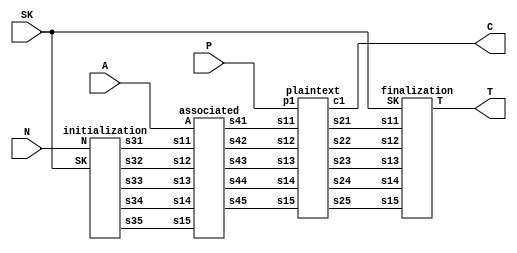
`timescale 1ns / 1ps
//!
//! **PROJECT:**             Lightweight Ascon
//!
//! **LANGUAGE:**            Verilog
//!
//! **FILE:**                ascon_encrypt
//!
//! **AUTHOR(S):**
//!
//!   - Kashif Inayat      - kashif.inayat@inu.ac.kr
//!   - SafiUllah Khan     - safi.jadoon@live.com
//!
//! **CONTRIBUTORS:**
//!
//!   - Fahad Bin Muslim   - fahadbinmuslim@gmail.com
//!
//! **REVISION:**
//!   * 0.0.1 - Initial release. 2024-05-27
//!
//!
//! | Doc | Schematic | TB | ASRT |Params. Val.| Synthesis test| Unify Interface| Functional Model |
//! |-----|-----------|----|------|------------|---------------|----------------|------------------|
//! |    |          |   |     |           |              |               |                 |
  
module ascon_encrypt(SK, N, A, P, C, T

    );
    
    input [127:0] SK, N;
    input [63:0] A;
    input [63:0] P;
    output [63:0] C;
    output [127:0] T;
    
    wire [63:0] s21, s22, s23, s24, s25;
    wire [63:0] s31, s32, s33, s34, s35;
    wire [63:0] s41, s42, s43, s44, s45;
    
   initialization i1 (SK, N, s21, s22, s23, s24, s25);
   
   associated a1 (A, s21, s22, s23, s24, s25, s31, s32, s33, s34, s35);
   
   plaintext pp1 (P, C, s31, s32, s33, s34, s35, s41, s42, s43, s44, s45);
   
   finalization f1 (SK, s41, s42, s43, s44, s45, T);
  
endmodule 
///////////////////////////////////////////////////////////////////

module initialization (SK, N, s31, s32, s33, s34, s35);

input [127:0] SK;
input [127:0] N;

output [63:0] s31, s32, s33, s34, s35;

wire [63:0] IV;
wire [63:0] s11, s12, s13, s14, s15;
wire [63:0] s21, s22, s23, s24, s25;

assign IV = 64'h80400c0600000000;
assign {s11, s12, s13, s14, s15} = {IV, SK, N};

permutation_12 P1 (s11, s12, s13, s14, s15, s21, s22, s23, s24, s25);

assign {s31, s32, s33, s34, s35} = {s21, s22, s23, s24, s25} ^ {192'b00, SK};

endmodule
//////////////////////////////////////////////////////////////////////////////////////

module permutation_12(
                            is0, is1, is2, is3, is4,
                             rd121, rd122, rd123, rd124, rd125
		                );

input [63:0] is0, is1, is2, is3, is4;

wire [63:0] add1, add2, add3, add4, add5, add6, add7, add8, add9, add10, add11, add12;

wire [63:0] rs11, rs12, rs13, rs14, rs15;
wire [63:0] rd11, rd12, rd13, rd14, rd15;

wire [63:0] rs21, rs22, rs23, rs24, rs25;
wire [63:0] rd21, rd22, rd23, rd24, rd25;

wire [63:0] rs31, rs32, rs33, rs34, rs35;
wire [63:0] rd31, rd32, rd33, rd34, rd35;

wire [63:0] rs41, rs42, rs43, rs44, rs45;
wire [63:0] rd41, rd42, rd43, rd44, rd45;

wire [63:0] rs51, rs52, rs53, rs54, rs55;
wire [63:0] rd51, rd52, rd53, rd54, rd55;

wire [63:0] rs61, rs62, rs63, rs64, rs65;
wire [63:0] rd61, rd62, rd63, rd64, rd65;

wire [63:0] rs71, rs72, rs73, rs74, rs75;
wire [63:0] rd71, rd72, rd73, rd74, rd75;

wire [63:0] rs81, rs82, rs83, rs84, rs85;
wire [63:0] rd81, rd82, rd83, rd84, rd85;

wire [63:0] rs91, rs92, rs93, rs94, rs95;
wire [63:0] rd91, rd92, rd93, rd94, rd95;

wire [63:0] rs101, rs102, rs103, rs104, rs105;
wire [63:0] rd101, rd102, rd103, rd104, rd105;

wire [63:0] rs111, rs112, rs113, rs114, rs115;
wire [63:0] rd111, rd112, rd113, rd114, rd115;

wire [63:0] rs121, rs122, rs123, rs124, rs125;
output [63:0] rd121, rd122, rd123, rd124, rd125;


//Round 1
assign add1 = is2 ^ 64'h00000000000000f0;
substitution_single s1 (is0, is1, add1, is3, is4, rs11, rs12, rs13, rs14, rs15);
diffusion_single d1 (rs11, rs12, rs13, rs14, rs15, rd11, rd12, rd13, rd14, rd15);

//Round 2
assign add2 = rd13 ^ 64'h00000000000000e1;
substitution_single s2 (rd11, rd12, add2, rd14, rd15, rs21, rs22, rs23, rs24, rs25);
diffusion_single d2 (rs21, rs22, rs23, rs24, rs25, rd21, rd22, rd23, rd24, rd25);

//Round 3
assign add3 = rd23 ^ 64'h00000000000000d2;
substitution_single s3 (rd21, rd22, add3, rd24, rd25, rs31, rs32, rs33, rs34, rs35);
diffusion_single d3 (rs31, rs32, rs33, rs34, rs35, rd31, rd32, rd33, rd34, rd35);

//Round 4
assign add4 = rd33 ^ 64'h00000000000000c3;
substitution_single s4 (rd31, rd32, add4, rd34, rd35, rs41, rs42, rs43, rs44, rs45);
diffusion_single d4 (rs41, rs42, rs43, rs44, rs45, rd41, rd42, rd43, rd44, rd45);

//Round 5
assign add5 = rd43 ^ 64'h00000000000000b4;
substitution_single s5 (rd41, rd42, add5, rd44, rd45, rs51, rs52, rs53, rs54, rs55);
diffusion_single d5 (rs51, rs52, rs53, rs54, rs55, rd51, rd52, rd53, rd54, rd55);

//Round 6
assign add6 = rd53 ^ 64'h00000000000000a5;
substitution_single s6 (rd51, rd52, add6, rd54, rd55, rs61, rs62, rs63, rs64, rs65);
diffusion_single d6 (rs61, rs62, rs63, rs64, rs65, rd61, rd62, rd63, rd64, rd65);

//Round 7
assign add7 = rd63 ^ 64'h0000000000000096;
substitution_single s7 (rd61, rd62, add7, rd64, rd65, rs71, rs72, rs73, rs74, rs75);
diffusion_single d7 (rs71, rs72, rs73, rs74, rs75, rd71, rd72, rd73, rd74, rd75);

//Round 8
assign add8 = rd73 ^ 64'h0000000000000087;
substitution_single s8 (rd71, rd72, add8, rd74, rd75, rs81, rs82, rs83, rs84, rs85);
diffusion_single d8 (rs81, rs82, rs83, rs84, rs85, rd81, rd82, rd83, rd84, rd85);

//Round 9
assign add9 = rd83 ^ 64'h0000000000000078;
substitution_single s9 (rd81, rd82, add9, rd84, rd85, rs91, rs92, rs93, rs94, rs95);
diffusion_single d9 (rs91, rs92, rs93, rs94, rs95, rd91, rd92, rd93, rd94, rd95);

//Round 10
assign add10 = rd93 ^ 64'h0000000000000069;
substitution_single s10 (rd91, rd92, add10, rd94, rd95, rs101, rs102, rs103, rs104, rs105);
diffusion_single d10 (rs101, rs102, rs103, rs104, rs105, rd101, rd102, rd103, rd104, rd105);

//Round 11
assign add11 = rd103 ^ 64'h000000000000005a;
substitution_single s11 (rd101, rd102, add11, rd104, rd105, rs111, rs112, rs113, rs114, rs115);
diffusion_single d11 (rs111, rs112, rs113, rs114, rs115, rd111, rd112, rd113, rd114, rd115);

//Round 12
assign add12 = rd113 ^ 64'h000000000000004b;
substitution_single s12 (rd111, rd112, add12, rd114, rd115, rs121, rs122, rs123, rs124, rs125);
diffusion_single d12 (rs121, rs122, rs123, rs124, rs125, rd121, rd122, rd123, rd124, rd125);


endmodule




////////////////////////////////////////////////////////////////////////////////////////////////////////////////////////

//////////////////////////////////////////////////////////////////////////////////////////////////////////////////////////////////////

module substitution_single(is0, is1, is2, is3, is4, sub3_s0, sub3_s1, sub3_s2, sub3_s3, sub3_s4
    );
    
    input [63:0] is0, is1, is2, is3, is4;
    output [63:0] sub3_s0, sub3_s1, sub3_s2, sub3_s3, sub3_s4;
    
    //--------- Substitution_1
wire [63:0] sub1_s [0:4];

assign sub1_s[0] = is0 ^ is4;
assign sub1_s[1] = is1;
assign sub1_s[2] = is1 ^ is2;
assign sub1_s[3] = is3;
assign sub1_s[4] = is3 ^ is4;


//--------- Substitution_2
wire [63:0] Tval [0:4];
assign Tval[0] = (sub1_s[0] ^ 64'hffffffffffffffff) & sub1_s[1];
assign Tval[1] = (sub1_s[1] ^ 64'hffffffffffffffff) & sub1_s[2];
assign Tval[2] = (sub1_s[2] ^ 64'hffffffffffffffff) & sub1_s[3];
assign Tval[3] = (sub1_s[3] ^ 64'hffffffffffffffff) & sub1_s[4];
assign Tval[4] = (sub1_s[4] ^ 64'hffffffffffffffff) & sub1_s[0];

wire [63:0] sub2_s [0:4];
assign sub2_s[0] = Tval[1] ^ sub1_s[0];
assign sub2_s[1] = Tval[2] ^ sub1_s[1];
assign sub2_s[2] = Tval[3] ^ sub1_s[2];
assign sub2_s[3] = Tval[4] ^ sub1_s[3];
assign sub2_s[4] = Tval[0] ^ sub1_s[4];

//--------- Substitution_3

assign sub3_s0 = sub2_s[0] ^ sub2_s[4];
assign sub3_s1 = sub2_s[1] ^ sub2_s[0];
assign sub3_s2 = sub2_s[2] ^ 64'hFFFFFFFFFFFFFFFF;
assign sub3_s3 = sub2_s[3] ^ sub2_s[2];
assign sub3_s4 = sub2_s[4];
endmodule
/////////////////////////////////////////////////////////////////////////////////////////////

module diffusion_single(sub3_s0, sub3_s1, sub3_s2, sub3_s3, sub3_s4, ose0, ose1, ose2, ose3, ose4

    );
    
    input [63:0] sub3_s0, sub3_s1, sub3_s2, sub3_s3, sub3_s4;
    output [63:0] ose0, ose1, ose2, ose3, ose4; 
    
    
assign ose0 = sub3_s0 ^ ( {sub3_s0[18:0],sub3_s0[63:19]} ^ {sub3_s0[27:0],sub3_s0[63:28]} );
assign ose1 = sub3_s1 ^ ( {sub3_s1[60:0],sub3_s1[63:61]} ^ {sub3_s1[38:0],sub3_s1[63:39]} );
assign ose2 = sub3_s2 ^ ( {sub3_s2[0000],sub3_s2[63:01]} ^ {sub3_s2[05:0],sub3_s2[63:06]} );
assign ose3 = sub3_s3 ^ ( {sub3_s3[09:0],sub3_s3[63:10]} ^ {sub3_s3[16:0],sub3_s3[63:17]} );
assign ose4 = sub3_s4 ^ ( {sub3_s4[06:0],sub3_s4[63:07]} ^ {sub3_s4[40:0],sub3_s4[63:41]} );
endmodule


///////////////////////////////////////////////////////////////////////////////////////////////////



module associated(A, s11, s12, s13, s14, s15, s41, s42, s43, s44, s45
  );
  
  input [63:0] A;
  input [63:0] s11, s12, s13, s14, s15;
  output [63:0] s41, s42, s43, s44, s45;
  
  wire [63:0] s21;
  wire [63:0] s31, s32, s33, s34, s35;
  
  assign s21 = s11 ^ A;
  permutation_6 p1 (s21, s12, s13, s14, s15, s31, s32, s33, s34, s35);
  
  assign {s41, s42, s43, s44, s45} = {s31, s32, s33, s34, s35} ^ {319'h0, 1'h1};
   
endmodule

/////////////////////////////////////////////////////////////////////////////////////////////

module permutation_6(
                                is0, is1, is2, is3, is4,
                                rd61, rd62, rd63, rd64, rd65
		                );

input [63:0] is0, is1, is2, is3, is4;

wire [63:0] add1, add2, add3, add4, add5, add6;

wire [63:0] rs11, rs12, rs13, rs14, rs15;
wire [63:0] rd11, rd12, rd13, rd14, rd15;

wire [63:0] rs21, rs22, rs23, rs24, rs25;
wire [63:0] rd21, rd22, rd23, rd24, rd25;

wire [63:0] rs31, rs32, rs33, rs34, rs35;
wire [63:0] rd31, rd32, rd33, rd34, rd35;

wire [63:0] rs41, rs42, rs43, rs44, rs45;
wire [63:0] rd41, rd42, rd43, rd44, rd45;

wire [63:0] rs51, rs52, rs53, rs54, rs55;
wire [63:0] rd51, rd52, rd53, rd54, rd55;

wire [63:0] rs61, rs62, rs63, rs64, rs65;
output [63:0] rd61, rd62, rd63, rd64, rd65;


//Round 1
assign add1 = is2 ^ 64'h0000000000000096;
substitution_single s1 (is0, is1, add1, is3, is4, rs11, rs12, rs13, rs14, rs15);
diffusion_single d1 (rs11, rs12, rs13, rs14, rs15, rd11, rd12, rd13, rd14, rd15);

//Round 2
assign add2 = rd13 ^ 64'h0000000000000087;
substitution_single s2 (rd11, rd12, add2, rd14, rd15, rs21, rs22, rs23, rs24, rs25);
diffusion_single d2 (rs21, rs22, rs23, rs24, rs25, rd21, rd22, rd23, rd24, rd25);

//Round 3
assign add3 = rd23 ^ 64'h0000000000000078;
substitution_single s3 (rd21, rd22, add3, rd24, rd25, rs31, rs32, rs33, rs34, rs35);
diffusion_single d3 (rs31, rs32, rs33, rs34, rs35, rd31, rd32, rd33, rd34, rd35);

//Round 4
assign add4 = rd33 ^ 64'h0000000000000069;
substitution_single s4 (rd31, rd32, add4, rd34, rd35, rs41, rs42, rs43, rs44, rs45);
diffusion_single d4 (rs41, rs42, rs43, rs44, rs45, rd41, rd42, rd43, rd44, rd45);

//Round 5
assign add5 = rd43 ^ 64'h000000000000005a;
substitution_single s5 (rd41, rd42, add5, rd44, rd45, rs51, rs52, rs53, rs54, rs55);
diffusion_single d5 (rs51, rs52, rs53, rs54, rs55, rd51, rd52, rd53, rd54, rd55);

//Round 6
assign add6 = rd53 ^ 64'h000000000000004b;
substitution_single s6 (rd51, rd52, add6, rd54, rd55, rs61, rs62, rs63, rs64, rs65);
diffusion_single d6 (rs61, rs62, rs63, rs64, rs65, rd61, rd62, rd63, rd64, rd65);

endmodule

////////////////////////////////////////////////////////////////////////////////////////////////////////////////

module plaintext(p1, c1, s11, s12, s13, s14, s15, s21, s22, s23, s24, s25 
 );
       
   input [63:0] p1;
   input [63:0] s11, s12, s13, s14, s15;
   output [63:0] c1;
   
//   wire [63:0] s21, s22, s23, s24, s25;
 //  wire [63:0] s31, s32, s33, s34, s35;
   output [63:0] s21, s22, s23, s24, s25;
   
   assign c1 = s11 ^ p1;
   permutation_6 p61 (c1, s12, s13, s14, s15, s21, s22, s23, s24, s25);
   
  // assign c2 = s21 ^ p2;
   //permutation_6 p62 (c2, s22, s23, s24, s25, s31, s32, s33, s34, s35);
   
   //assign c3 = s31 ^ p3;
   //assign {s41, s42, s43, s44, s45} = {c3, s32, s33, s34, s35};   
    
endmodule

///////////////////////////////////////////////////////////////////////////////////////////

module finalization (SK, s11, s12, s13, s14, s15, T);
    
    input [127:0] SK;
    input [63:0] s11, s12, s13, s14, s15;
    output [127:0] T;
    
    wire [63:0] s21, s22, s23, s24, s25;
    wire [63:0] s31, s32, s33, s34, s35;
    
    assign {s21, s22, s23, s24, s25} = {s11, s12, s13, s14, s15} ^ {64'h0, SK, 128'h0};
    
    permutation_12 p1 (s21, s22, s23, s24, s25, s31, s32, s33, s34, s35);
    
    assign T = {s34, s35} ^ SK;    
    
endmodule